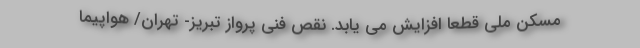
مسکن ملی قطعا افزایش می یابد. نقص فنی پرواز تبریز- تهران/ هواپیما